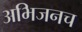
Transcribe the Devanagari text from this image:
अभिजनच